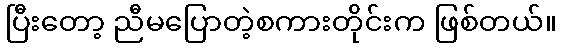
ပြီးတော့ ညီမပြောတဲ့စကားတိုင်းက ဖြစ်တယ်။